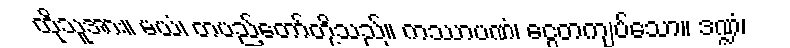
ထိုသူအား။ မယံ၊ တပည့်တော်တို့သည်။ ကဿာပဏံ၊ ငွေတကျပ်သော။ ဒဏ္ဍံ၊